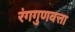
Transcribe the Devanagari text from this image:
रंगगुणवत्ता